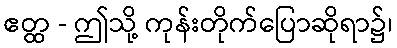
ဧတ္ထ - ဤသို့ ကုန်းတိုက်ပြောဆိုရာ၌၊